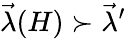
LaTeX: \vec{\lambda}(H)\succ\vec{\lambda}^{\prime}